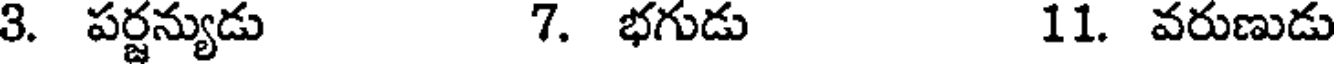
3. పర్జన్యుడు 7. భగుడు 11. వరుణుడు